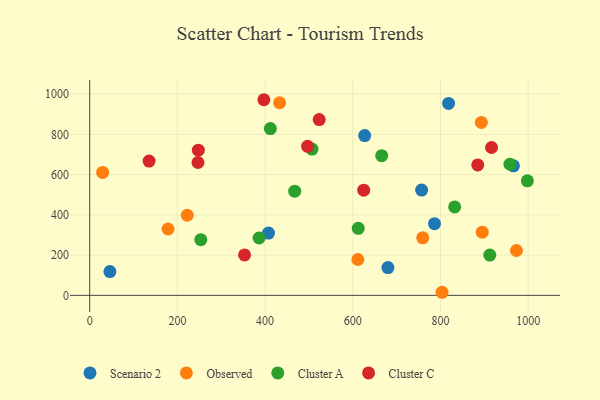
{"axis": {"x": "Engine Size", "y": "Sales"}, "legend": ["Cluster A", "Cluster C", "Observed", "Scenario 2"], "data": [{"x": "627.1", "y": 794.3, "type": "Scenario 2"}, {"x": "407.8", "y": 309.6, "type": "Scenario 2"}, {"x": "818.4", "y": 953.9, "type": "Scenario 2"}, {"x": "46.1", "y": 118.0, "type": "Scenario 2"}, {"x": "757.0", "y": 523.4, "type": "Scenario 2"}, {"x": "786.3", "y": 356.5, "type": "Scenario 2"}, {"x": "966.3", "y": 643.6, "type": "Scenario 2"}, {"x": "680.1", "y": 138.1, "type": "Scenario 2"}, {"x": "29.5", "y": 611.1, "type": "Observed"}, {"x": "973.2", "y": 222.9, "type": "Observed"}, {"x": "222.4", "y": 398.2, "type": "Observed"}, {"x": "895.1", "y": 313.8, "type": "Observed"}, {"x": "611.5", "y": 178.2, "type": "Observed"}, {"x": "433.1", "y": 957.4, "type": "Observed"}, {"x": "803.5", "y": 15.3, "type": "Observed"}, {"x": "893.1", "y": 859.8, "type": "Observed"}, {"x": "759.4", "y": 286.0, "type": "Observed"}, {"x": "178.7", "y": 329.8, "type": "Observed"}, {"x": "912.4", "y": 200.0, "type": "Cluster A"}, {"x": "467.5", "y": 517.8, "type": "Cluster A"}, {"x": "832.3", "y": 439.6, "type": "Cluster A"}, {"x": "412.0", "y": 829.1, "type": "Cluster A"}, {"x": "958.3", "y": 651.7, "type": "Cluster A"}, {"x": "507.0", "y": 727.2, "type": "Cluster A"}, {"x": "665.9", "y": 694.1, "type": "Cluster A"}, {"x": "998.1", "y": 569.1, "type": "Cluster A"}, {"x": "253.4", "y": 276.8, "type": "Cluster A"}, {"x": "612.4", "y": 333.4, "type": "Cluster A"}, {"x": "386.3", "y": 285.0, "type": "Cluster A"}, {"x": "884.9", "y": 648.3, "type": "Cluster C"}, {"x": "397.2", "y": 972.4, "type": "Cluster C"}, {"x": "624.9", "y": 522.8, "type": "Cluster C"}, {"x": "247.0", "y": 660.3, "type": "Cluster C"}, {"x": "247.8", "y": 721.4, "type": "Cluster C"}, {"x": "496.9", "y": 741.0, "type": "Cluster C"}, {"x": "916.4", "y": 735.0, "type": "Cluster C"}, {"x": "353.1", "y": 200.9, "type": "Cluster C"}, {"x": "135.4", "y": 667.6, "type": "Cluster C"}, {"x": "523.4", "y": 873.5, "type": "Cluster C"}]}